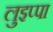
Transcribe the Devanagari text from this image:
लुइप्पा